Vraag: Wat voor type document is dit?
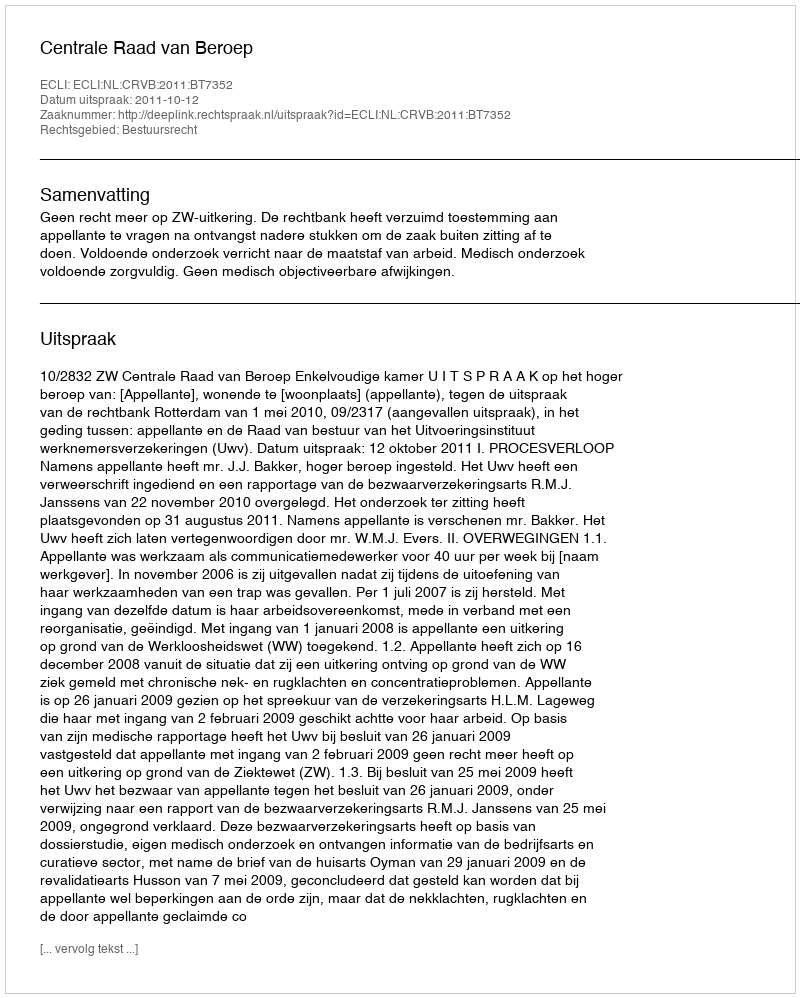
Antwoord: Uitspraak